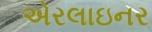
એરલાઇનર